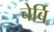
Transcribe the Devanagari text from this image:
चेर्बि